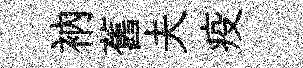
衲舊夫疫